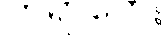
ကရာတေး